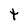
Character: t